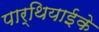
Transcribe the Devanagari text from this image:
पार्थियाईके